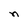
Character: n